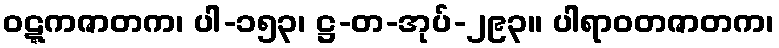
ဝဋ္ဋကဇာတက၊ ပါ-၁၅၃၊ ဋ္ဌ-တ-အုပ်-၂၉၃။ ပါရာဝတဇာတက၊